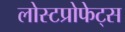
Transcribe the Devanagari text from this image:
लोस्टप्रोफेट्स